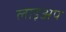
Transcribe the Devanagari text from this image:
लाइअप